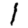
Digit: 1